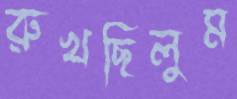
রুখছিলুম